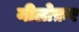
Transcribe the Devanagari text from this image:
नीलोफ़र